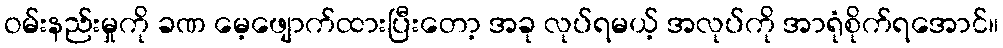
ဝမ်းနည်းမှုကို ခဏ မေ့ဖျောက်ထားပြီးတော့ အခု လုပ်ရမယ့် အလုပ်ကို အာရုံစိုက်ရအောင်။